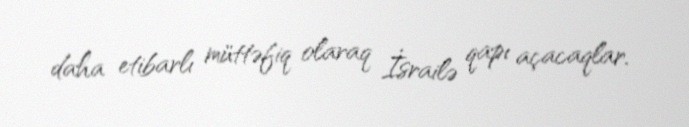
daha etibarlı müttəfiq olaraq İsrailə qapı açacaqlar.